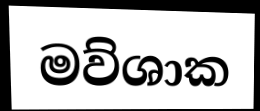
මව්ශාක